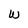
Character: w